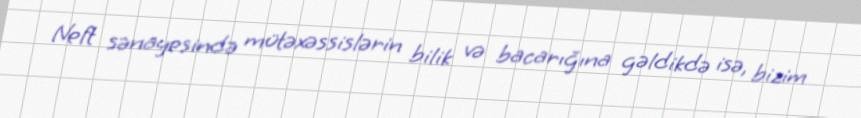
Neft sənayesində mütəxəssislərin bilik və bacarığına gəldikdə isə, bizim